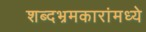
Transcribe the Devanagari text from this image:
शब्दभ्रमकारांमध्ये